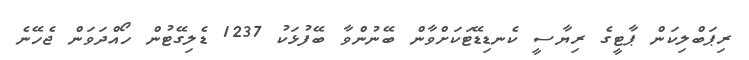
ރިޕަބްލިކަން ޕާޓީގެ ރިޔާސީ ކެނޑިޑޭޓަކަށްވާން ބޭނުންވާ ބޭފުޅަކު 1237 ޑެލިގޭޓުން ހޯއްދަވަން ޖެހޭނެ